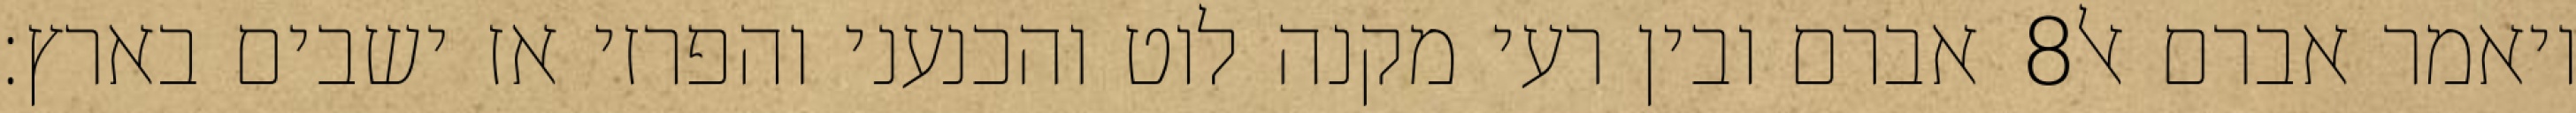
אברם ובין רעי מקנה לוט והכנעני והפרזי אז ישבים בארץ׃ ‎8‏ ויאמר אברם אל